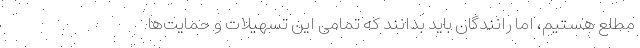
مطلع هستیم، اما رانندگان باید بدانند که تمامی این تسهیلات و حمایت‌ها